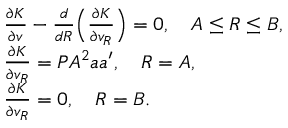
\begin{array} { r l } & { \frac { \partial K } { \partial v } - \frac { d } { d R } \Big ( \frac { \partial K } { \partial v _ { R } } \Big ) = 0 , \quad A \leq R \leq B , } \\ & { \frac { \partial K } { \partial v _ { R } } = P A ^ { 2 } { a } { a } ^ { \prime } , \quad R = A , } \\ & { \frac { \partial K } { \partial v _ { R } } = 0 , \quad R = B . } \end{array}